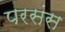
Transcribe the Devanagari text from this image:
परसंस